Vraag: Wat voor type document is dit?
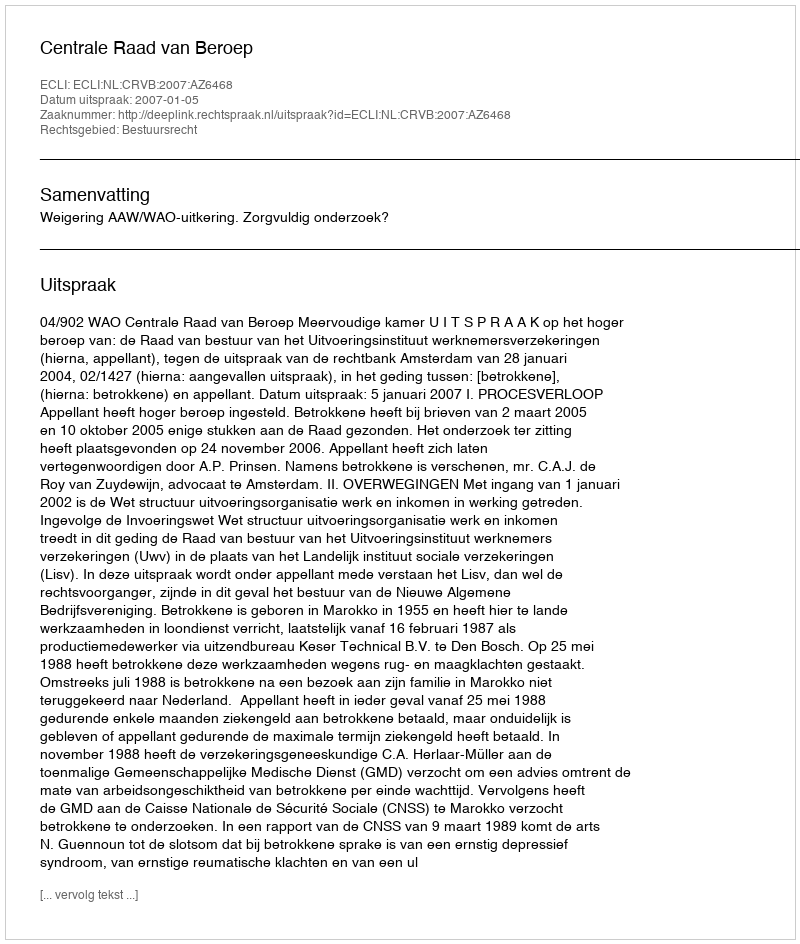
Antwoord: Uitspraak